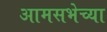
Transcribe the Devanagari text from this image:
आमसभेच्या